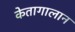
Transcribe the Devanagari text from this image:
केतागालान